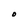
Character: O